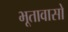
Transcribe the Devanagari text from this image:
भूतावासो